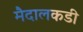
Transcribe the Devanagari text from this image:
मैदालकडी